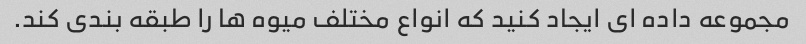
مجموعه داده ای ایجاد کنید که انواع مختلف میوه ها را طبقه بندی کند.